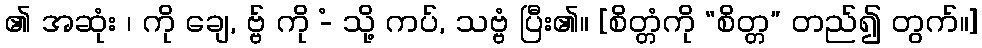
၏ အဆုံး ၊ ကို ချေ, ဗ္ဗ် ကို -ံ သို့ ကပ်, သဗ္ဗံ ပြီး၏။ [စိတ္တံကို “စိတ္တ” တည်၍ တွက်။]